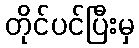
တိုင်ပင်ပြီးမှ